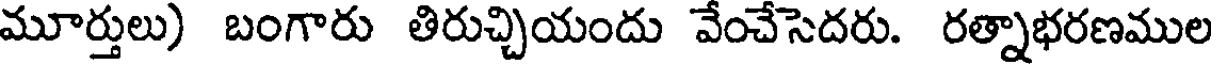
మూర్తులు) బంగారు తిరుచ్చియందు వేంచేసెదరు. రత్నాభరణముల